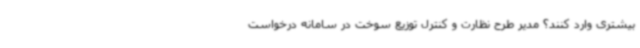
بیشتری وارد کنند؟ مدیر طرح نظارت و کنترل ‌توزیع سوخت در سامانه درخواست